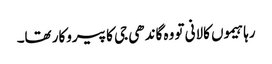
رہا ہیموں کالانی تو وہ گاندھی جی کا پیروکار تھا۔